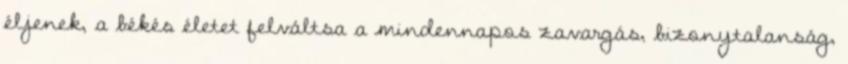
éljenek, a békés életet felváltsa a mindennapos zavargás, bizonytalanság,